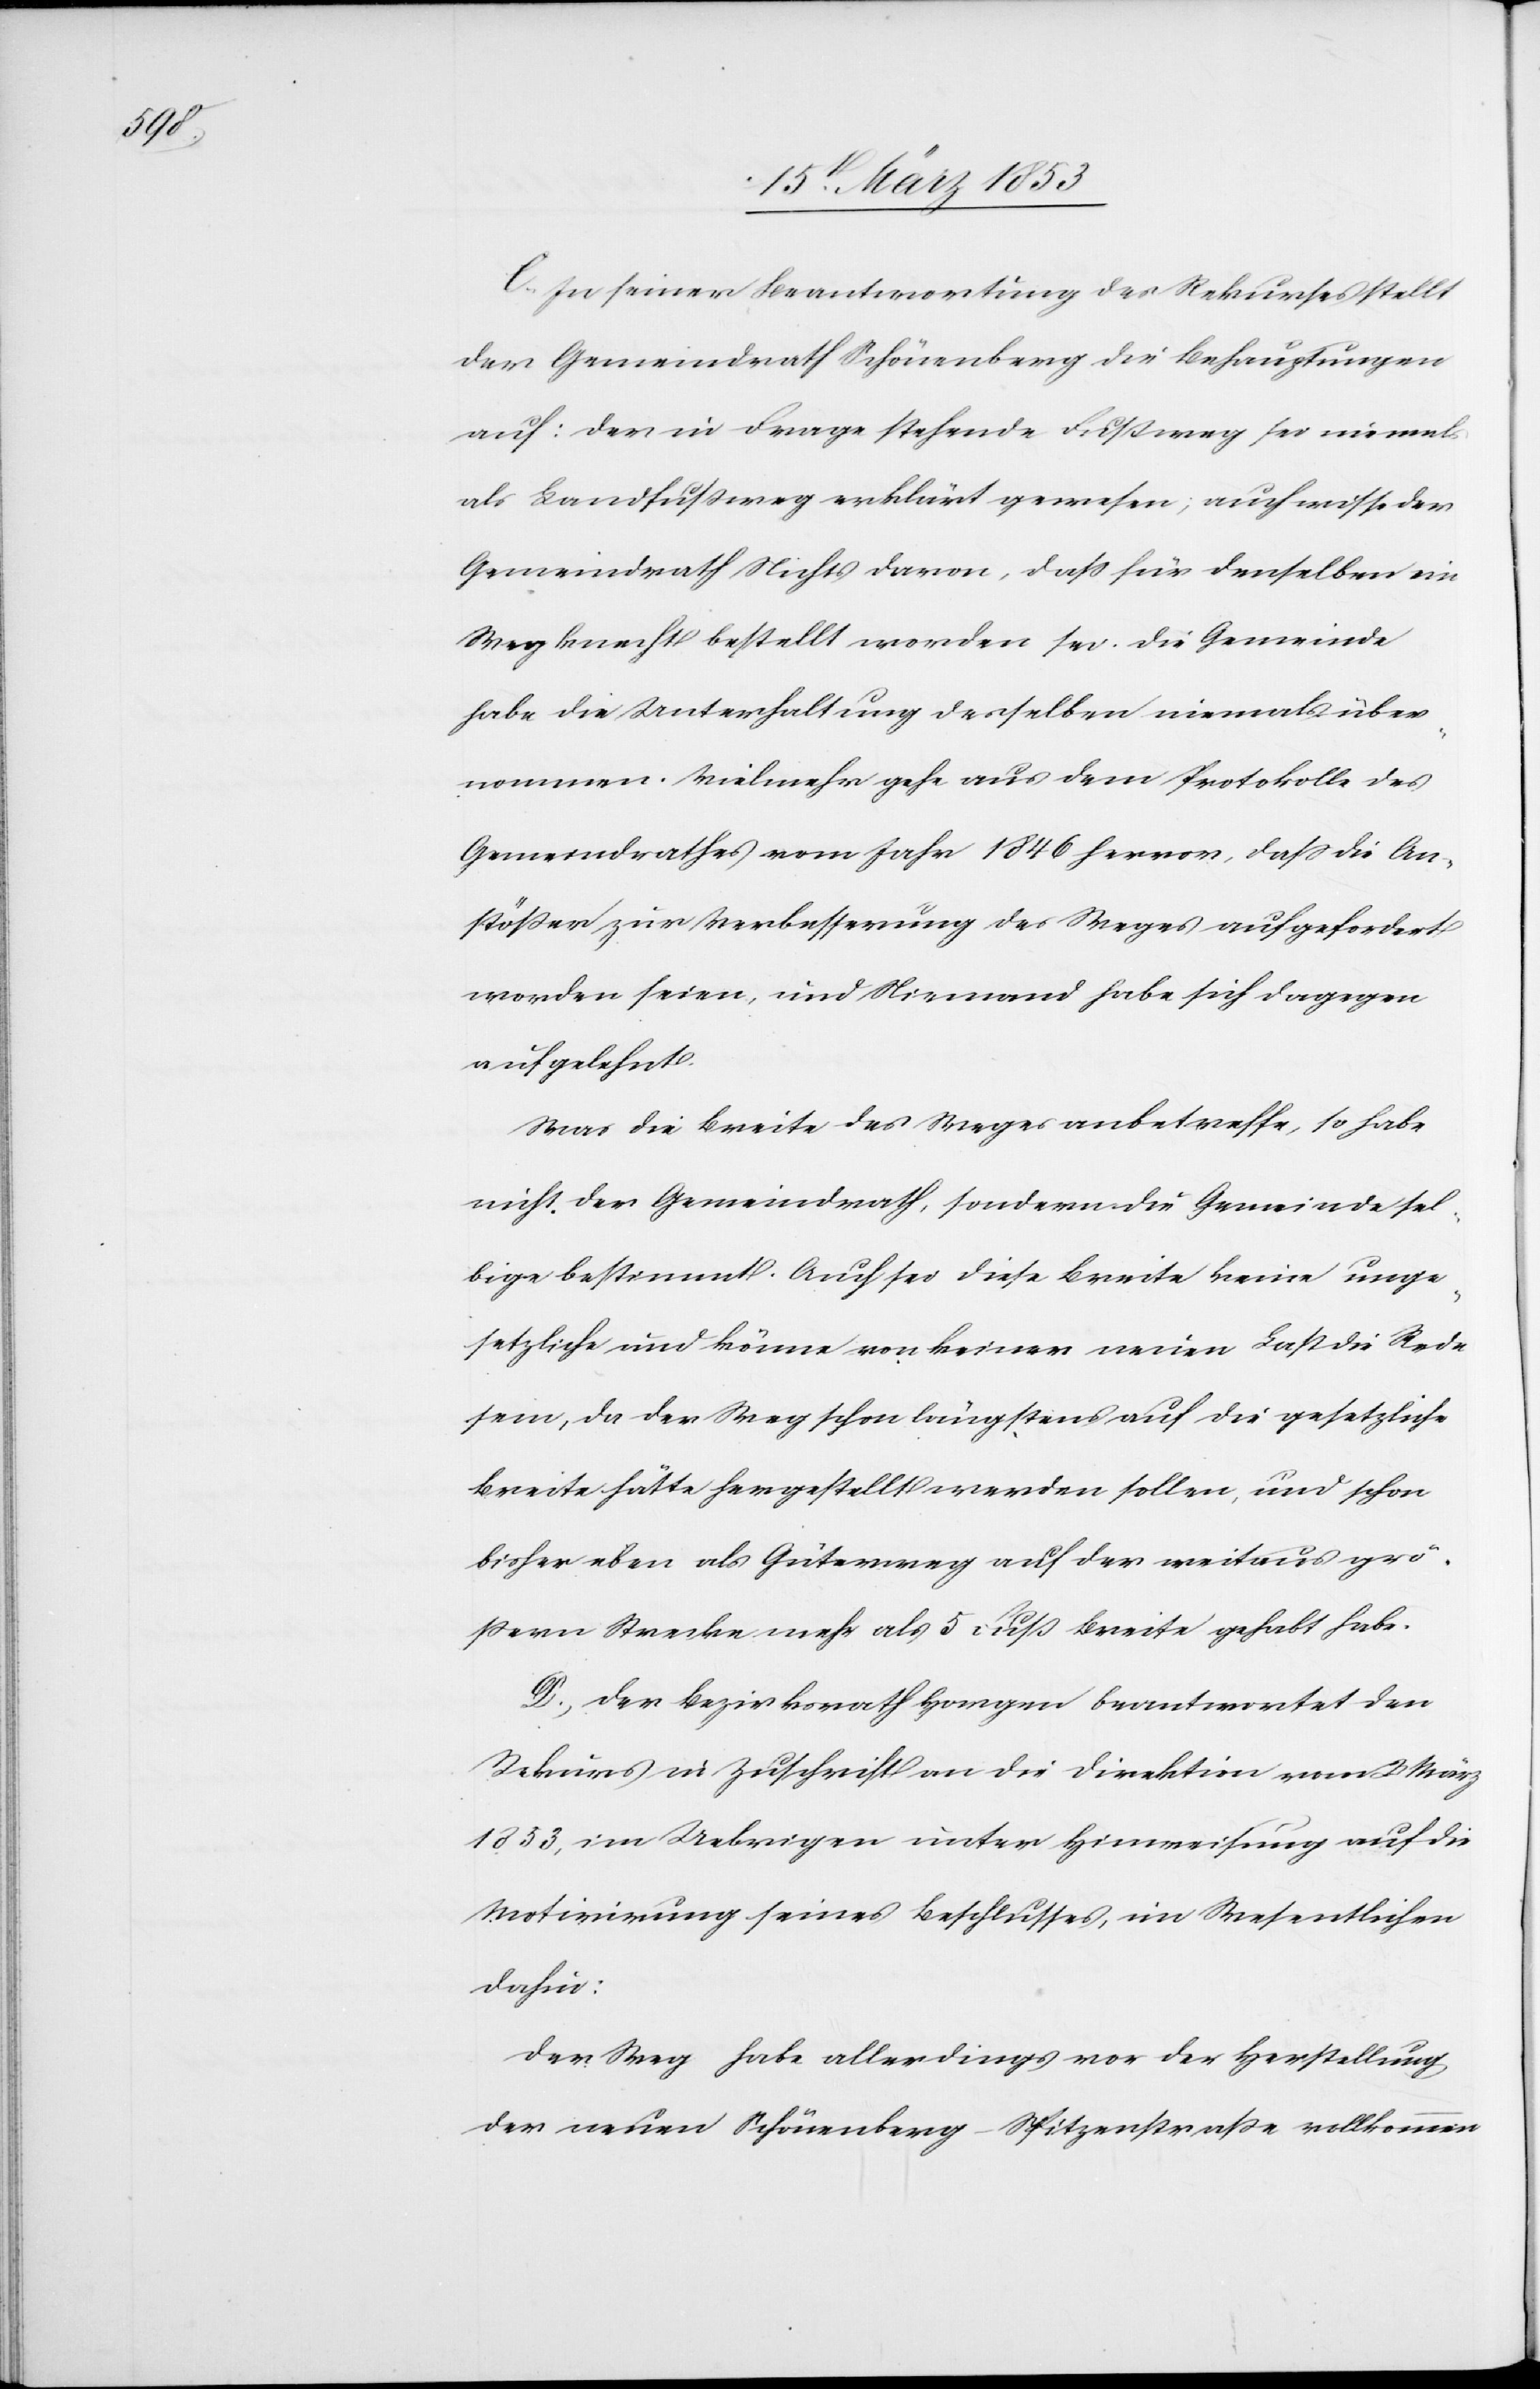
C. In seiner Beantwortung des Rekurses stellt
der Gemeindrath Schönenberg die Behauptungen
auf: Der in Frage stehende Fußweg sei niemals
als Landfußweg erklärt gewesen, auch wisse der
Gemeindrath Nichts davon, daß für denselben ein
Wegknecht bestellt worden sei. Die Gemeinde
habe die Unterhaltung desselben niemals über¬
nommen. Vielmehr gehe aus dem Protokolle des
Gemeindrathes vom Jahr 1846 hervor, daß die An¬
stößer zur Verbesserung des Weges aufgefordert
worden seien, und Niemand habe sich dagegen
aufgelehnt.
Was die Breite des Weges anbetreffe, so habe
nicht der Gemeindrath, sondern die Gemeinde sel¬
bige bestimmt. Auch sei diese Breite keine unge¬
setzliche und könne von keiner neuen Last die Rede
sein, da der Weg schon längstens auf die gesetzliche
Breite hätte hergestellt werden sollen, und schon
bisher eben als Güterweg auf der weitaus grö¬
ßern Strecke mehr als 5 Fuß Breite gehabt habe.
D. Der Bezirksrath Horgen beantwortet den
Rekurs in Zuschrift an die Direktion vom 2t. März
1853, im Uebrigen unter Hinweisung auf die
Motivirung seines Beschlusses, im Wesentlichen
dahin:
Der Weg habe allerdings vor der Herstellung
der neuen Schönenberg-Spitzenstraße vollkommen